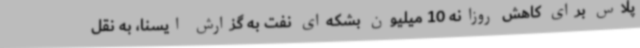
پلاس برای کاهش روزانه 10 میلیون بشکه‌ای نفت به گزارش ایسنا، به نقل